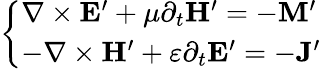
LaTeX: \left\{ \begin{array}{ll}{\nabla\times\mathbf{E}^{\prime}+\mu\partial_{t}\mathbf{H}^{\prime}=-\mathbf{M}^{\prime}}\\ {-\nabla\times\mathbf{H}^{\prime}+\varepsilon\partial_{t}\mathbf{E}^{\prime}=-\mathbf{J}^{\prime}}\end{array}\right.